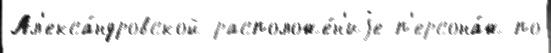
Ал'екса́ндровской расположе́н'иjе п'ерсона́ж по